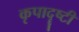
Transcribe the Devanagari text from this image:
कृपादॄष्टी